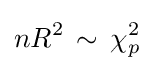
nR^{2}\,\sim \,\chi _{p}^{2}